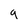
Character: 9